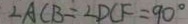
\angle A C B = \angle D C F = 9 0 ^ { \circ }